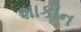
શાકીન